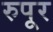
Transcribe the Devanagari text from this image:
रुपूर